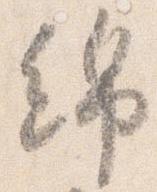
綿